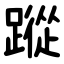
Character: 蹤